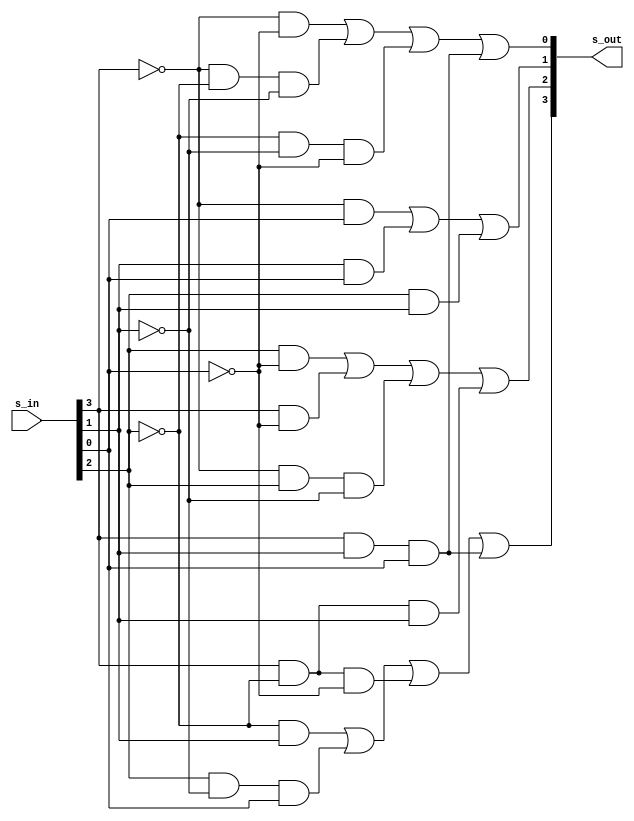
module s4(
input [3:0] s_in,
output [3:0] s_out
);

wire A;
wire B;
wire C;
wire D;

assign A = s_in[3];
assign B = s_in[2];
assign C = s_in[1];
assign D = s_in[0];


assign s_out[3] = (~B&&C) || (B&&(~C)&&D) || (A&&(~B)&&(~D)) || (A&&C&&D);
assign s_out[2] = (B&&(~D)) || (A&&(~D)) || ((~A)&&B&&(~C)) || (A&&(~B)&&C);
assign s_out[1] = ((~A)&&D) || (C&&D) || (B&&C);
assign s_out[0] = ((~A)&&(~D)) || (~A&&(~B)&&(~C)) || (~B&&(~C)&&(~D)) || (A&&C&&D);

endmodule